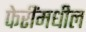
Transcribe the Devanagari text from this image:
फेरींमधील